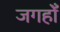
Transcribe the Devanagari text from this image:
जगहोँ